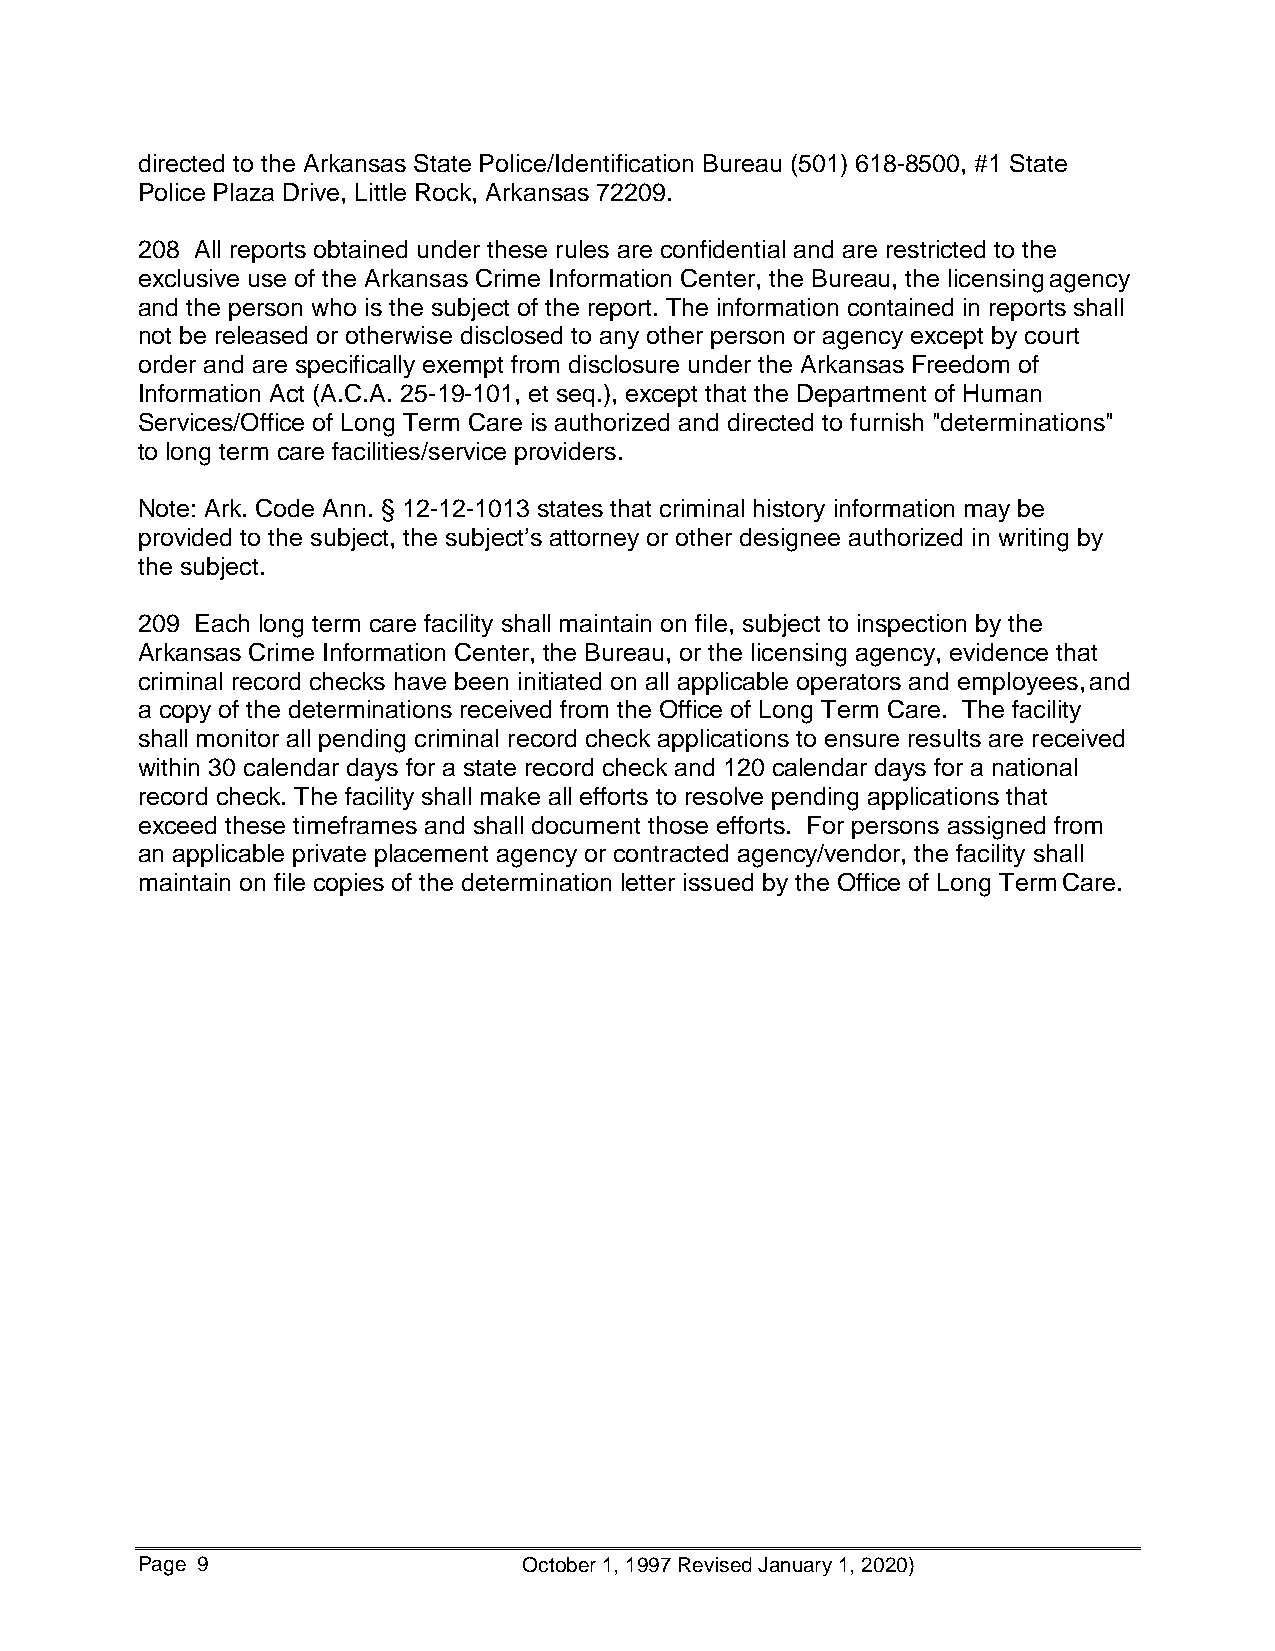
directed to the Arkansas State Police/Identification Bureau (501) 618-8500, #1 State
 Police Plaza Drive, Little Rock, Arkansas 72209.
 208 All reports obtained under these rules are confidential and are restricted to the
 exclusive use of the Arkansas Crime Information Center, the Bureau, the licensing agency
 and the person who is the subject of the report. The information contained in reports shall
 not be released or otherwise disclosed to any other person or agency except by court
 order and are specifically exempt from disclosure under the Arkansas Freedom of
 Information Act (A.C.A. 25-19-101, et seq.), except that the Department of Human
 Services/Office of Long Term Care is authorized and directed to furnish "determinations"
 to long term care facilities/service providers.
 Note: Ark. Code Ann. § 12-12-1013 states that criminal history information may be
 provided to the subject, the subject’s attorney or other designee authorized in writing by
 the subject.
 209 Each long term care facility shall maintain on file, subject to inspection by the
 Arkansas Crime Information Center, the Bureau, or the licensing agency, evidence that
 criminal record checks have been initiated on all applicable operators and employees, and
 a copy of the determinations received from the Office of Long Term Care. The facility
 shall monitor all pending criminal record check applications to ensure results are received
 within 30 calendar days for a state record check and 120 calendar days for a national
 record check. The facility shall make all efforts to resolve pending applications that
 exceed these timeframes and shall document those efforts. For persons assigned from
 an applicable private placement agency or contracted agency/vendor, the facility shall
 maintain on file copies of the determination letter issued by the Office of Long Term Care.
 Page 9                    October 1, 1997 Revised January 1, 2020)